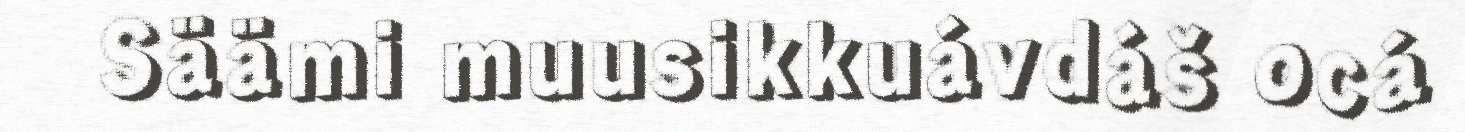
Säämi muusikkuávdáš ocá